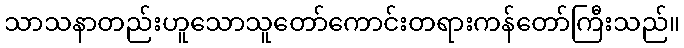
သာသနာတည်းဟူသောသူတော်ကောင်းတရားကန်တော်ကြီးသည်။